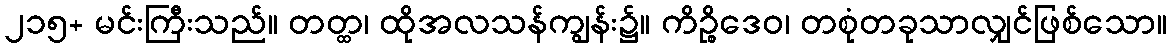
၂၁၅+ မင်းကြီးသည်။ တတ္ထ၊ ထိုအလသန်ကျွန်း၌။ ကိဉ္စိဒေဝ၊ တစုံတခုသာလျှင်ဖြစ်သော။